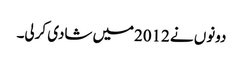
دونوں نے 2012میں شادی کرلی۔